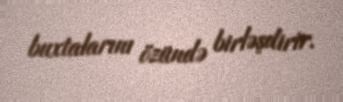
buxtalarını özündə birləşdirir.